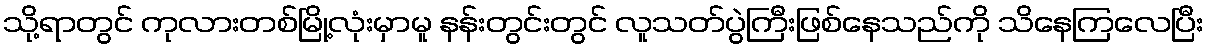
သို့ရာတွင် ကုလားတစ်မြို့လုံးမှာမူ နန်းတွင်းတွင် လူသတ်ပွဲကြီးဖြစ်နေသည်ကို သိနေကြလေပြီး